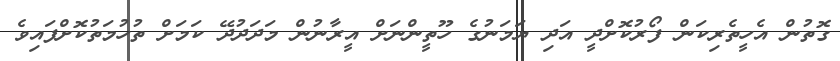
ގޮތުން އެހީތެރިކަން ފޯރުކޮށްދީ އަދި ޔަމަނުގެ ހޫތީންނަށް އީރާނުން މަދަދުދޭ ކަމަށް ތުހުމަތުކޮށްފައިވެ